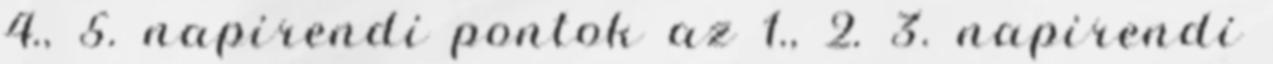
4., 5. napirendi pontok az 1., 2. 3. napirendi